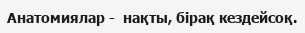
Анатомиялар -  нақты, бірақ кездейсоқ.